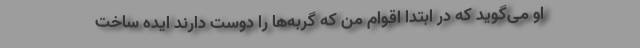
او می‌گوید که در ابتدا اقوام من که گربه‌ها را دوست دارند ایده ساخت